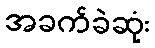
အခက်ခဲဆုံး